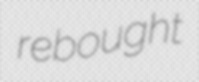
rebought